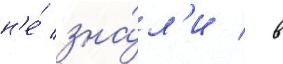
н'е́ зна́л'и / в